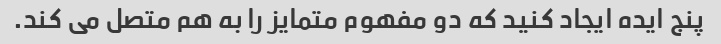
پنج ایده ایجاد کنید که دو مفهوم متمایز را به هم متصل می کند.